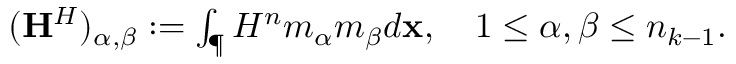
\begin{array} { r } { ( \mathbf { H } ^ { H } ) _ { \alpha , \beta } : = \int _ { \P } H ^ { n } m _ { \alpha } m _ { \beta } d \mathbf { x } , \quad 1 \leq \alpha , \beta \leq n _ { k - 1 } . } \end{array}